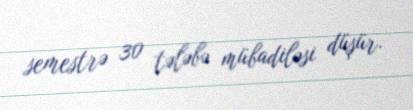
semestrə 30 tələbə mübadiləsi düşür.